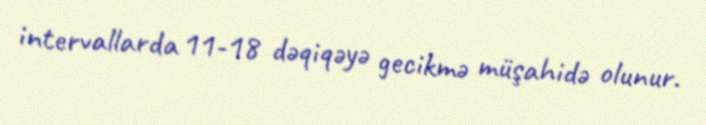
intervallarda 11-18 dəqiqəyə gecikmə müşahidə olunur.